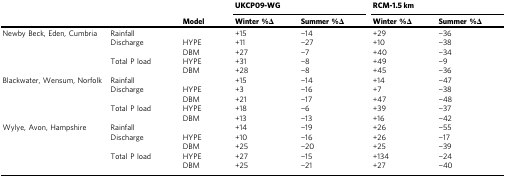
<table><thead><tr><td></td><td></td><td></td><td colspan="2"><b>UKCP09-WG</b></td><td colspan="2"><b>RCM-1.5 km</b></td></tr><tr><td></td><td></td><td><b>Model</b></td><td><b>Winter %Δ</b></td><td><b>Summer %Δ</b></td><td><b>Winter %Δ</b></td><td><b>Summer %Δ</b></td></tr></thead><tbody><tr><td>Newby Beck, Eden, Cumbria</td><td>Rainfall</td><td></td><td>+15</td><td>−14</td><td>+29</td><td>−36</td></tr><tr><td></td><td>Discharge</td><td>HYPE</td><td>+11</td><td>−27</td><td>+10</td><td>−38</td></tr><tr><td></td><td></td><td>DBM</td><td>+27</td><td>−7</td><td>+40</td><td>−34</td></tr><tr><td></td><td>Total P load</td><td>HYPE</td><td>+31</td><td>−8</td><td>+49</td><td>−9</td></tr><tr><td></td><td></td><td>DBM</td><td>+28</td><td>−8</td><td>+45</td><td>−36</td></tr><tr><td>Blackwater, Wensum, Norfolk</td><td>Rainfall</td><td></td><td>+15</td><td>−14</td><td>+14</td><td>−47</td></tr><tr><td></td><td>Discharge</td><td>HYPE</td><td>+3</td><td>−16</td><td>+7</td><td>−38</td></tr><tr><td></td><td></td><td>DBM</td><td>+21</td><td>−17</td><td>+47</td><td>−48</td></tr><tr><td></td><td>Total P load</td><td>HYPE</td><td>+18</td><td>−6</td><td>+39</td><td>−37</td></tr><tr><td></td><td></td><td>DBM</td><td>+13</td><td>−13</td><td>+16</td><td>−42</td></tr><tr><td>Wylye, Avon, Hampshire</td><td>Rainfall</td><td></td><td>+14</td><td>−19</td><td>+26</td><td>−55</td></tr><tr><td></td><td>Discharge</td><td>HYPE</td><td>+10</td><td>−16</td><td>+26</td><td>−17</td></tr><tr><td></td><td></td><td>DBM</td><td>+25</td><td>−20</td><td>+25</td><td>−39</td></tr><tr><td></td><td>Total P load</td><td>HYPE</td><td>+27</td><td>−15</td><td>+134</td><td>−24</td></tr><tr><td></td><td></td><td>DBM</td><td>+25</td><td>−21</td><td>+27</td><td>−40</td></tr></tbody></table>